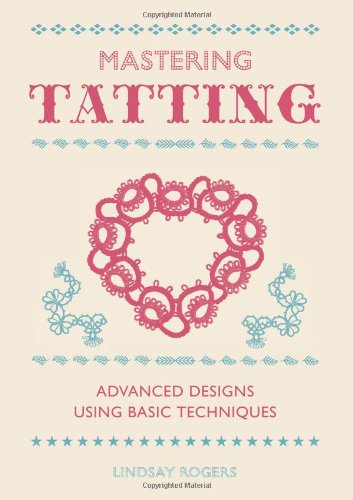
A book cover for Mastering Tatting: Advanced Designs Using Basic Techniques; Lindsay Rogers; Crafts, Hobbies & Home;